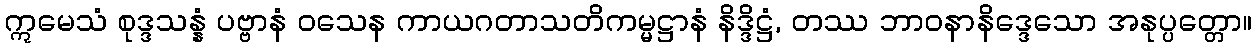
ဣမေသံ စုဒ္ဒသန္နံ ပဗ္ဗာနံ ဝသေန ကာယဂတာသတိကမ္မဋ္ဌာနံ နိဒ္ဒိဋ္ဌံ, တဿ ဘာဝနာနိဒ္ဒေသော အနုပ္ပတ္တော။